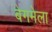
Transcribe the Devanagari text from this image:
बेगमेला